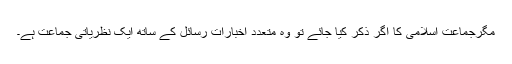
مگرجماعت اسلامی کا اگر ذکر کیا جائے تو وہ متعدد اخبارات رسائل کے ساتھ ایک نظریاتی جماعت ہے۔